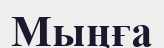
Мыңға